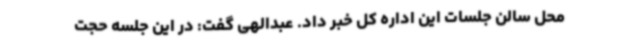
محل سالن جلسات این اداره کل خبر داد. عبدالهی گفت: در این جلسه حجت